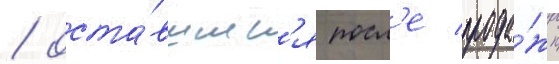
/ оста́вшиес'я посл'е прода́жи